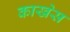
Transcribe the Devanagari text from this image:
काखेस